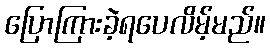
ပြောကြားခဲ့ရပေလိမ့်မည်။